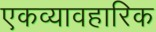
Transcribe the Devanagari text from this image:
एकव्यावहारिक